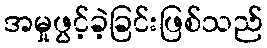
အမှုဖွင့်ခဲ့ခြင်းဖြစ်သည်